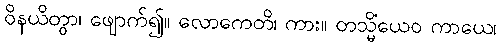
ဝိနယိတွာ၊ ဖျောက်၍။ လောကေတိ၊ ကား။ တသ္မိံယေဝ ကာယေ၊